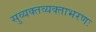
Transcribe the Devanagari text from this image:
सुव्यक्तव्यक्ताभरणः